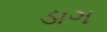
ડાગ